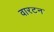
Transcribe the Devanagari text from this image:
वारटन